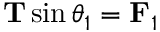
\mathbf { T } \sin \theta _ { 1 } = \mathbf { F } _ { 1 }